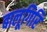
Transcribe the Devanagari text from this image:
बालूगिरि